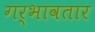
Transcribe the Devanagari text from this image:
गर्भावतार